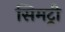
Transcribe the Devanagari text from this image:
सिमट्री